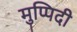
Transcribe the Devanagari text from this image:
मुप्पिदी